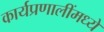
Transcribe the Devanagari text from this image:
कार्यप्रणालींमध्ये